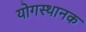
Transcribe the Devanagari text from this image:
योगस्थानक